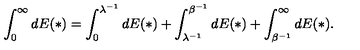
\int _ { 0 } ^ { \infty } d E ( * ) = \int _ { 0 } ^ { \lambda ^ { - 1 } } d E ( * ) + \int _ { \lambda ^ { - 1 } } ^ { \beta ^ { - 1 } } d E ( * ) + \int _ { \beta ^ { - 1 } } ^ { \infty } d E ( * ) .